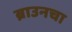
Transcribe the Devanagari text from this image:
ब्राउनचा